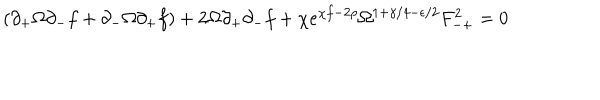
( \partial _ { + } \Omega \partial _ { - } f + \partial _ { - } \Omega \partial _ { + } f ) + 2 \Omega \partial _ { + } \partial _ { - } f + \chi e ^ { \chi f - 2 \rho } \Omega ^ { 1 + \gamma / 4 - \epsilon / 2 } F _ { - + } ^ { 2 } = 0